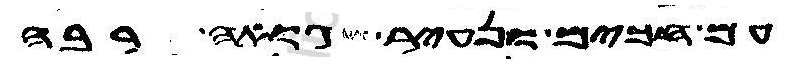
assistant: עם חכים ונעיר גואה רבה